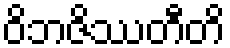
ဝိဘဇိဿတီတိ